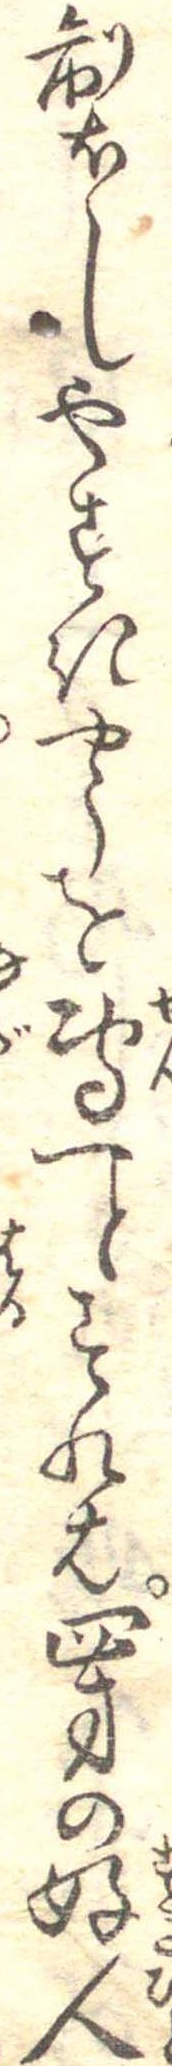
製しやすきやうを専一とすれは四方の好人